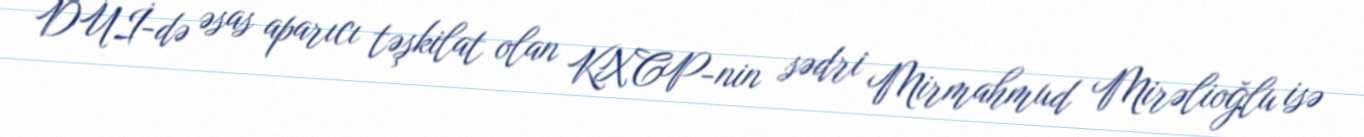
DUİ-də əsas aparıcı təşkilat olan KXCP-nin sədri Mirmahmud Mirəlioğlu isə